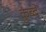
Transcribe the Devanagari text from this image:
कुब्बे